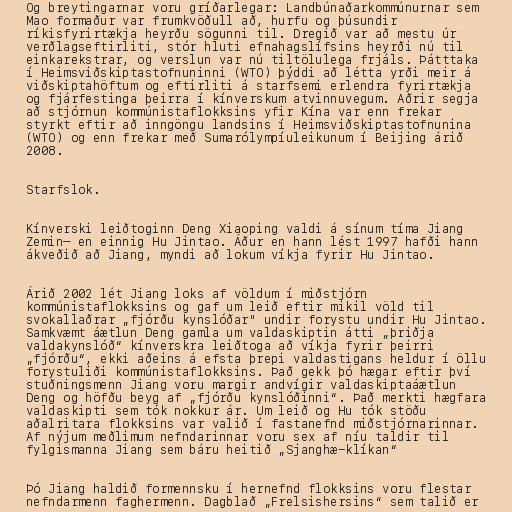
Og breytingarnar voru gríðarlegar: Landbúnaðarkommúnurnar sem
Mao formaður var frumkvöðull að, hurfu og þúsundir
ríkisfyrirtækja heyrðu sögunni til. Dregið var að mestu úr
verðlagseftirliti, stór hluti efnahagslífsins heyrði nú til
einkarekstrar, og verslun var nú tiltölulega frjáls. Þátttaka
í Heimsviðskiptastofnuninni (WTO) þýddi að létta yrði meir á
viðskiptahöftum og eftirliti á starfsemi erlendra fyrirtækja
og fjárfestinga þeirra í kínverskum atvinnuvegum. Aðrir segja
að stjórnun kommúnistaflokksins yfir Kína var enn frekar
styrkt eftir að inngöngu landsins í Heimsviðskiptastofnunina
(WTO) og enn frekar með Sumarólympíuleikunum í Beijing árið
2008.

Starfslok.

Kínverski leiðtoginn Deng Xiaoping valdi á sínum tíma Jiang
Zemin– en einnig Hu Jintao. Áður en hann lést 1997 hafði hann
ákveðið að Jiang, myndi að lokum víkja fyrir Hu Jintao.

Árið 2002 lét Jiang loks af völdum í miðstjórn
kommúnistaflokksins og gaf um leið eftir mikil völd til
svokallaðrar „fjórðu kynslóðar" undir forystu undir Hu Jintao.
Samkvæmt áætlun Deng gamla um valdaskiptin átti „þriðja
valdakynslóð“ kínverskra leiðtoga að víkja fyrir þeirri
„fjórðu“, ekki aðeins á efsta þrepi valdastigans heldur í öllu
forystuliði kommúnistaflokksins. Það gekk þó hægar eftir því
stuðningsmenn Jiang voru margir andvígir valdaskiptaáætlun
Deng og höfðu beyg af „fjórðu kynslóðinni“. Það merkti hægfara
valdaskipti sem tók nokkur ár. Um leið og Hu tók stöðu
aðalritara flokksins var valið í fastanefnd miðstjórnarinnar.
Af nýjum meðlimum nefndarinnar voru sex af níu taldir til
fylgismanna Jiang sem báru heitið „Sjanghæ-klíkan“

Þó Jiang haldið formennsku í hernefnd flokksins voru flestar
nefndarmenn faghermenn. Dagblað „Frelsishersins“ sem talið er